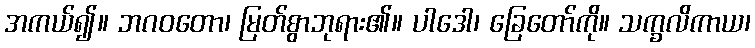
အကယ်၍။ ဘဂဝတော၊ မြတ်စွာဘုရား၏။ ပါဒေါ၊ ခြေတော်ကို။ သက္ခလိကာယ၊